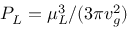
P _ { L } = \mu _ { L } ^ { 3 } / ( 3 \pi v _ { g } ^ { 2 } )